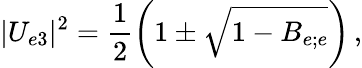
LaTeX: |U_{e3}|^{2}=\frac{1}{2}\left(1\pm\sqrt{1-B_{e;e}}\right)\, ,